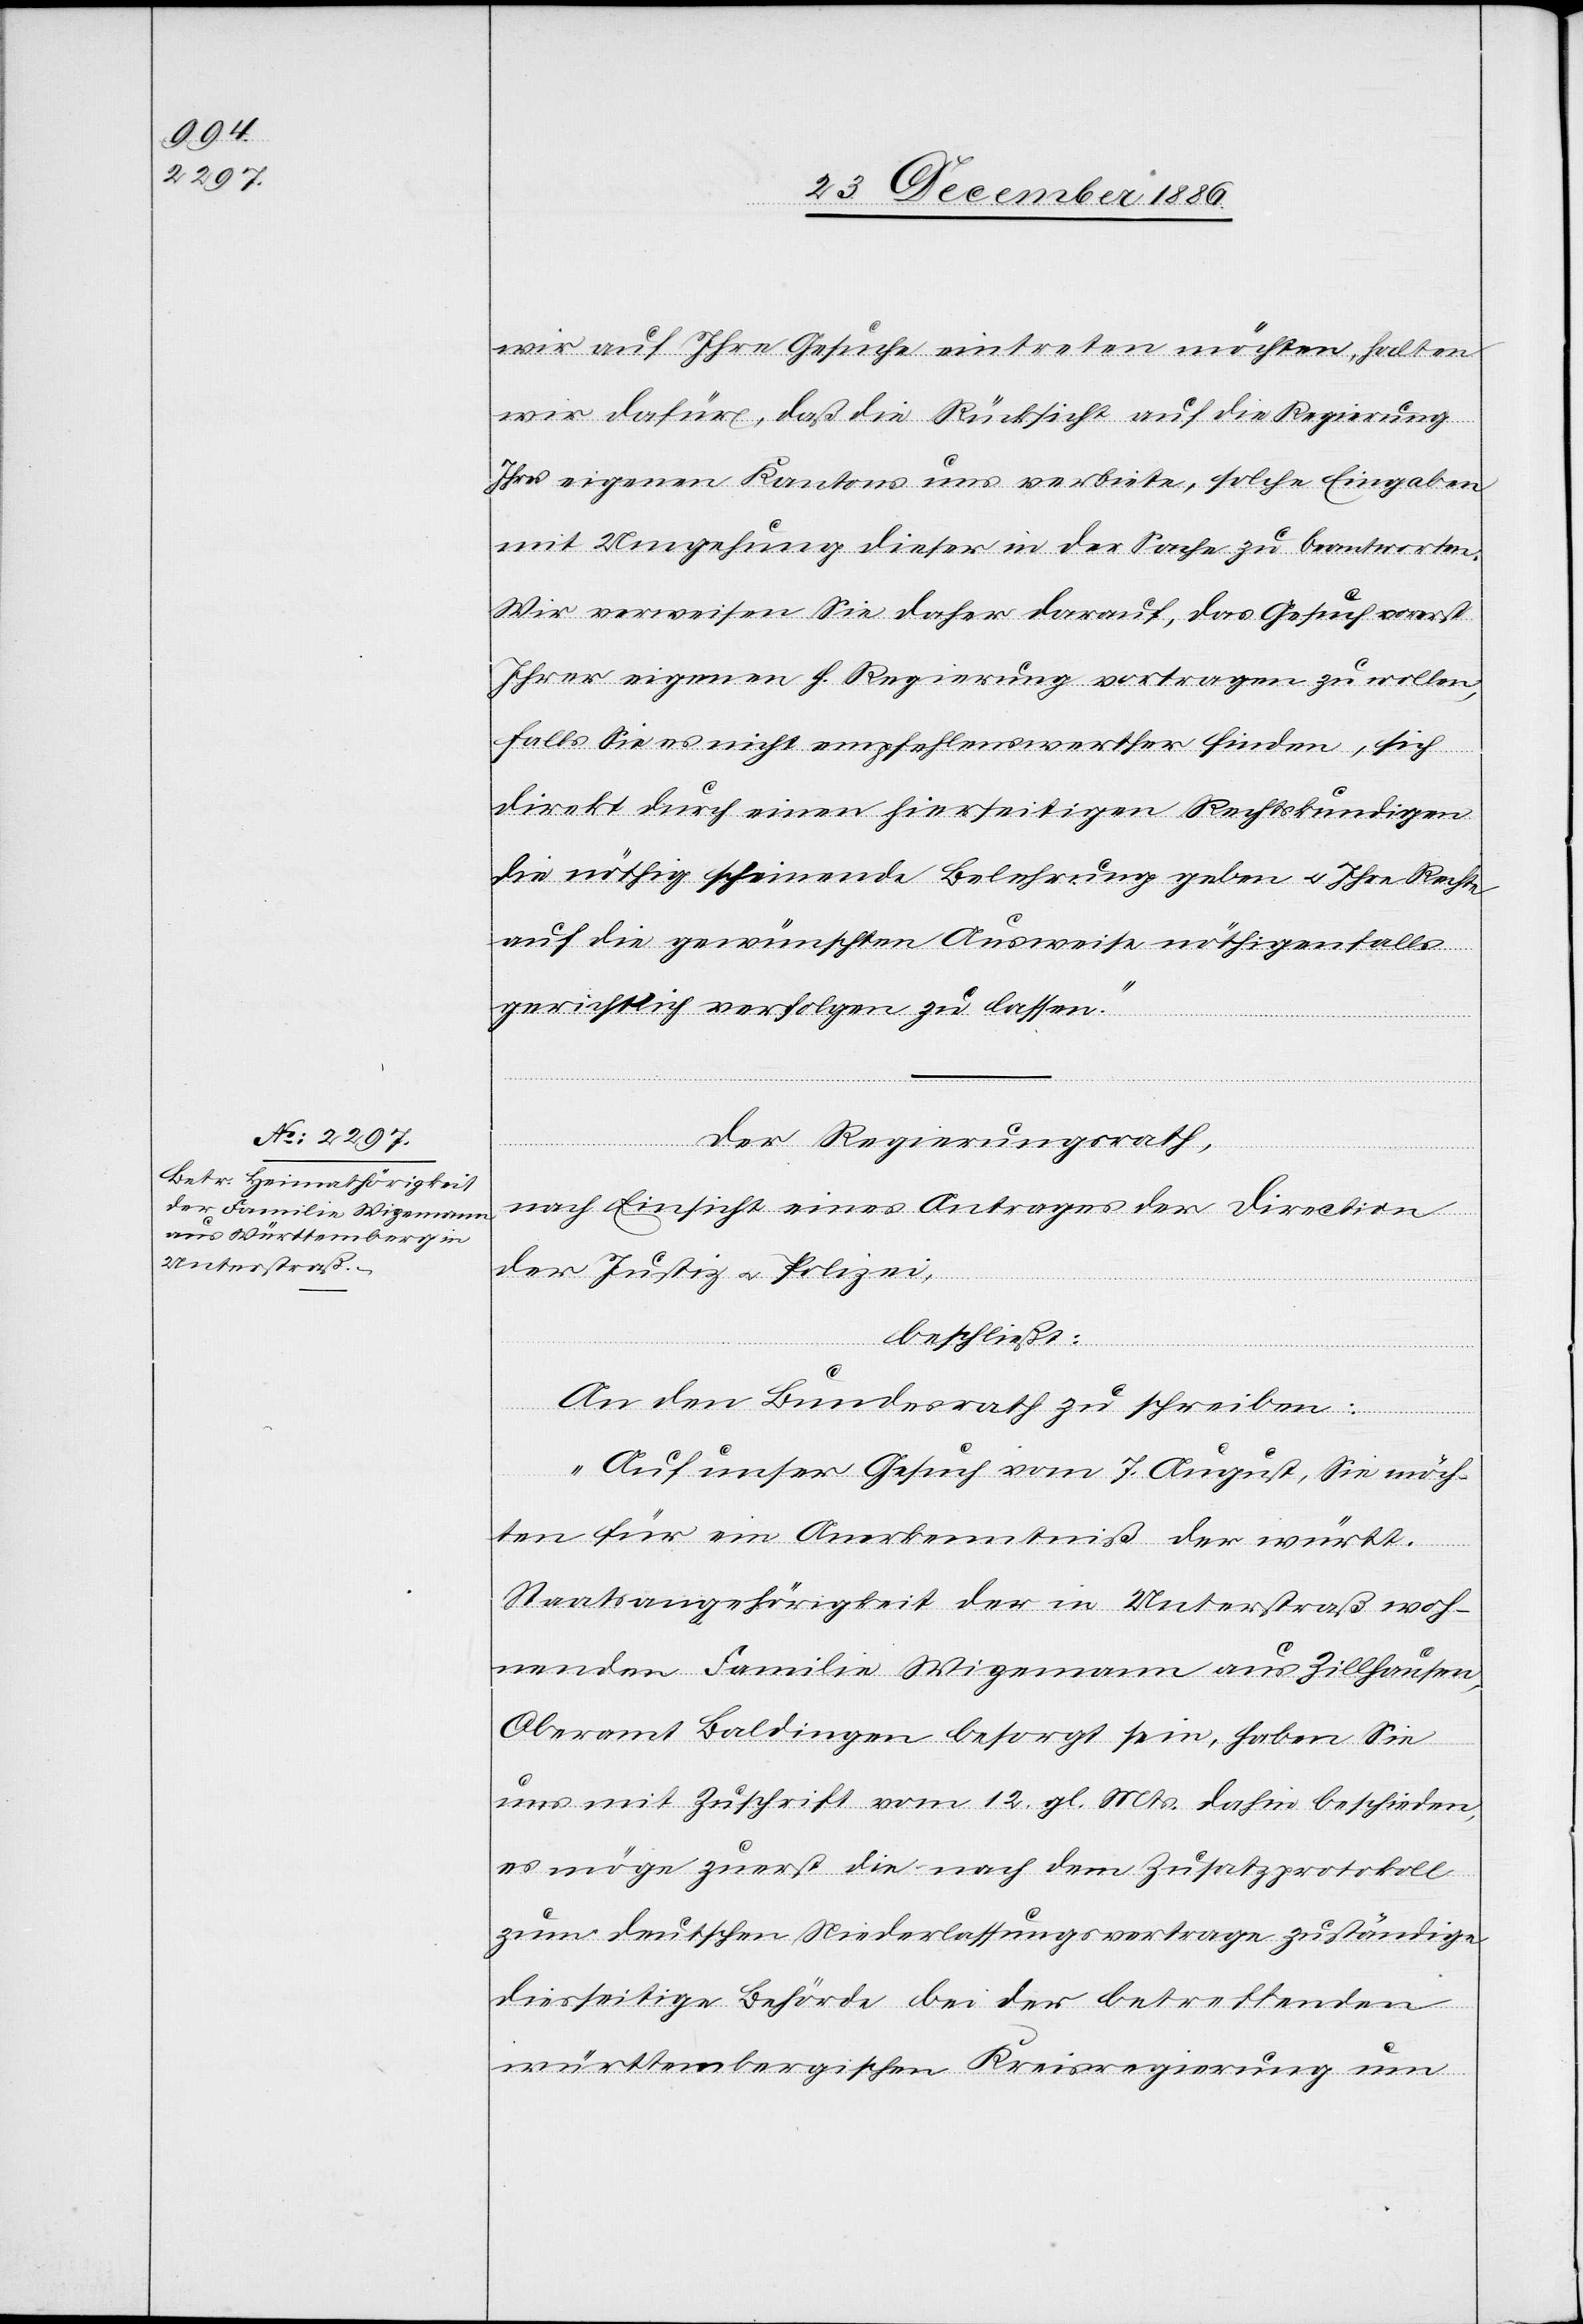
wir auf Ihre Gesuche eintreten möchten, halten
wir dafür, daß die Rücksicht auf die Regierung
Ihres eigenen Kantons uns verbiete, solche Eingaben
mit Umgehung dieser in der Sache zu beantworten.
Wir verweisen Sie daher darauf, das Gesuch vorerst
Ihrer eigenen h. Regierung vortragen zu wollen,
falls Sie es nicht empfehlenswerther finden, sich
direkt durch einen hierseitigen Rechtskundigen
die nöthig scheinende Belehrung geben & Ihre Rechte
auf die gewünschten Ausweise nöthigenfalls
gerichtlich verfolgen zu lassen.“
Der Regierungsrath,
nach Einsicht eines Antrages der Direction
der Justiz & Polizei,
beschließt:
An den Bundesrath zu schreiben:
„Auf unser Gesuch vom 7. August, Sie möch¬
ten für ein Anerkenntniß der württ.
Staatsangehörigkeit der in Unterstraß woh¬
nenden Familie Wizemann aus Zillhausen,
Oberamt Baldingen besorgt sein, haben Sie
uns mit Zuschrift vom 12. gl. Mts. dahin beschieden,
es möge zuerst die nach dem Zusatzprotokoll
zum deutschen Niederlassungsvertrage zuständige
diesseitige Behörde bei der betreffenden
württembergischen Kreisregierung um